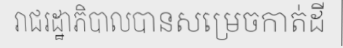
រាជរដ្ឋាភិបាលបានសម្រេចកាត់ដី